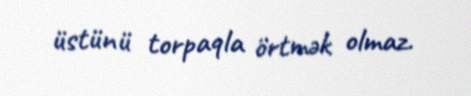
üstünü torpaqla örtmək olmaz.